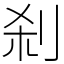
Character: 刹